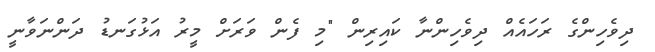
ދިވެހިންގެ ރަހައެއް ދިވެހިންނާ ކައިރިން "މި ފެން ވަރަށް މީރު އަޅުގަނޑު ދަންނަވާނީ